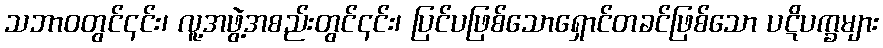
သဘာဝတွင်၎င်း၊ လူ့အဖွဲ့အစည်းတွင်၎င်း၊ ပြင်ပဖြစ်သောရှောင်တခင်ဖြစ်သော ပဋိပက္ခများ